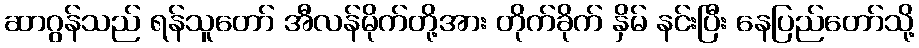
ဆာဂွန်သည် ရန်သူတော် အီလန်မိုက်တို့အား တိုက်ခိုက် နှိမ် နင်းပြီး နေပြည်တော်သို့